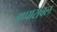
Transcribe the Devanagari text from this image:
बप्पारावल